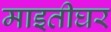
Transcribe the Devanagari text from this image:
माइतीघर